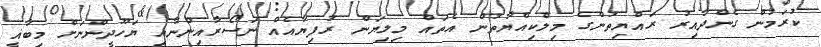
ކުރަމުން ގެންދާއިރު ރައްޔިތުންގެ މިލްކިއްޔާތުން އެތައް މިލިޔަން ރުފިޔާއެއް ނަސޯރާއިންނާއި ޔަހޫދީންނަށް މިބާޣީ